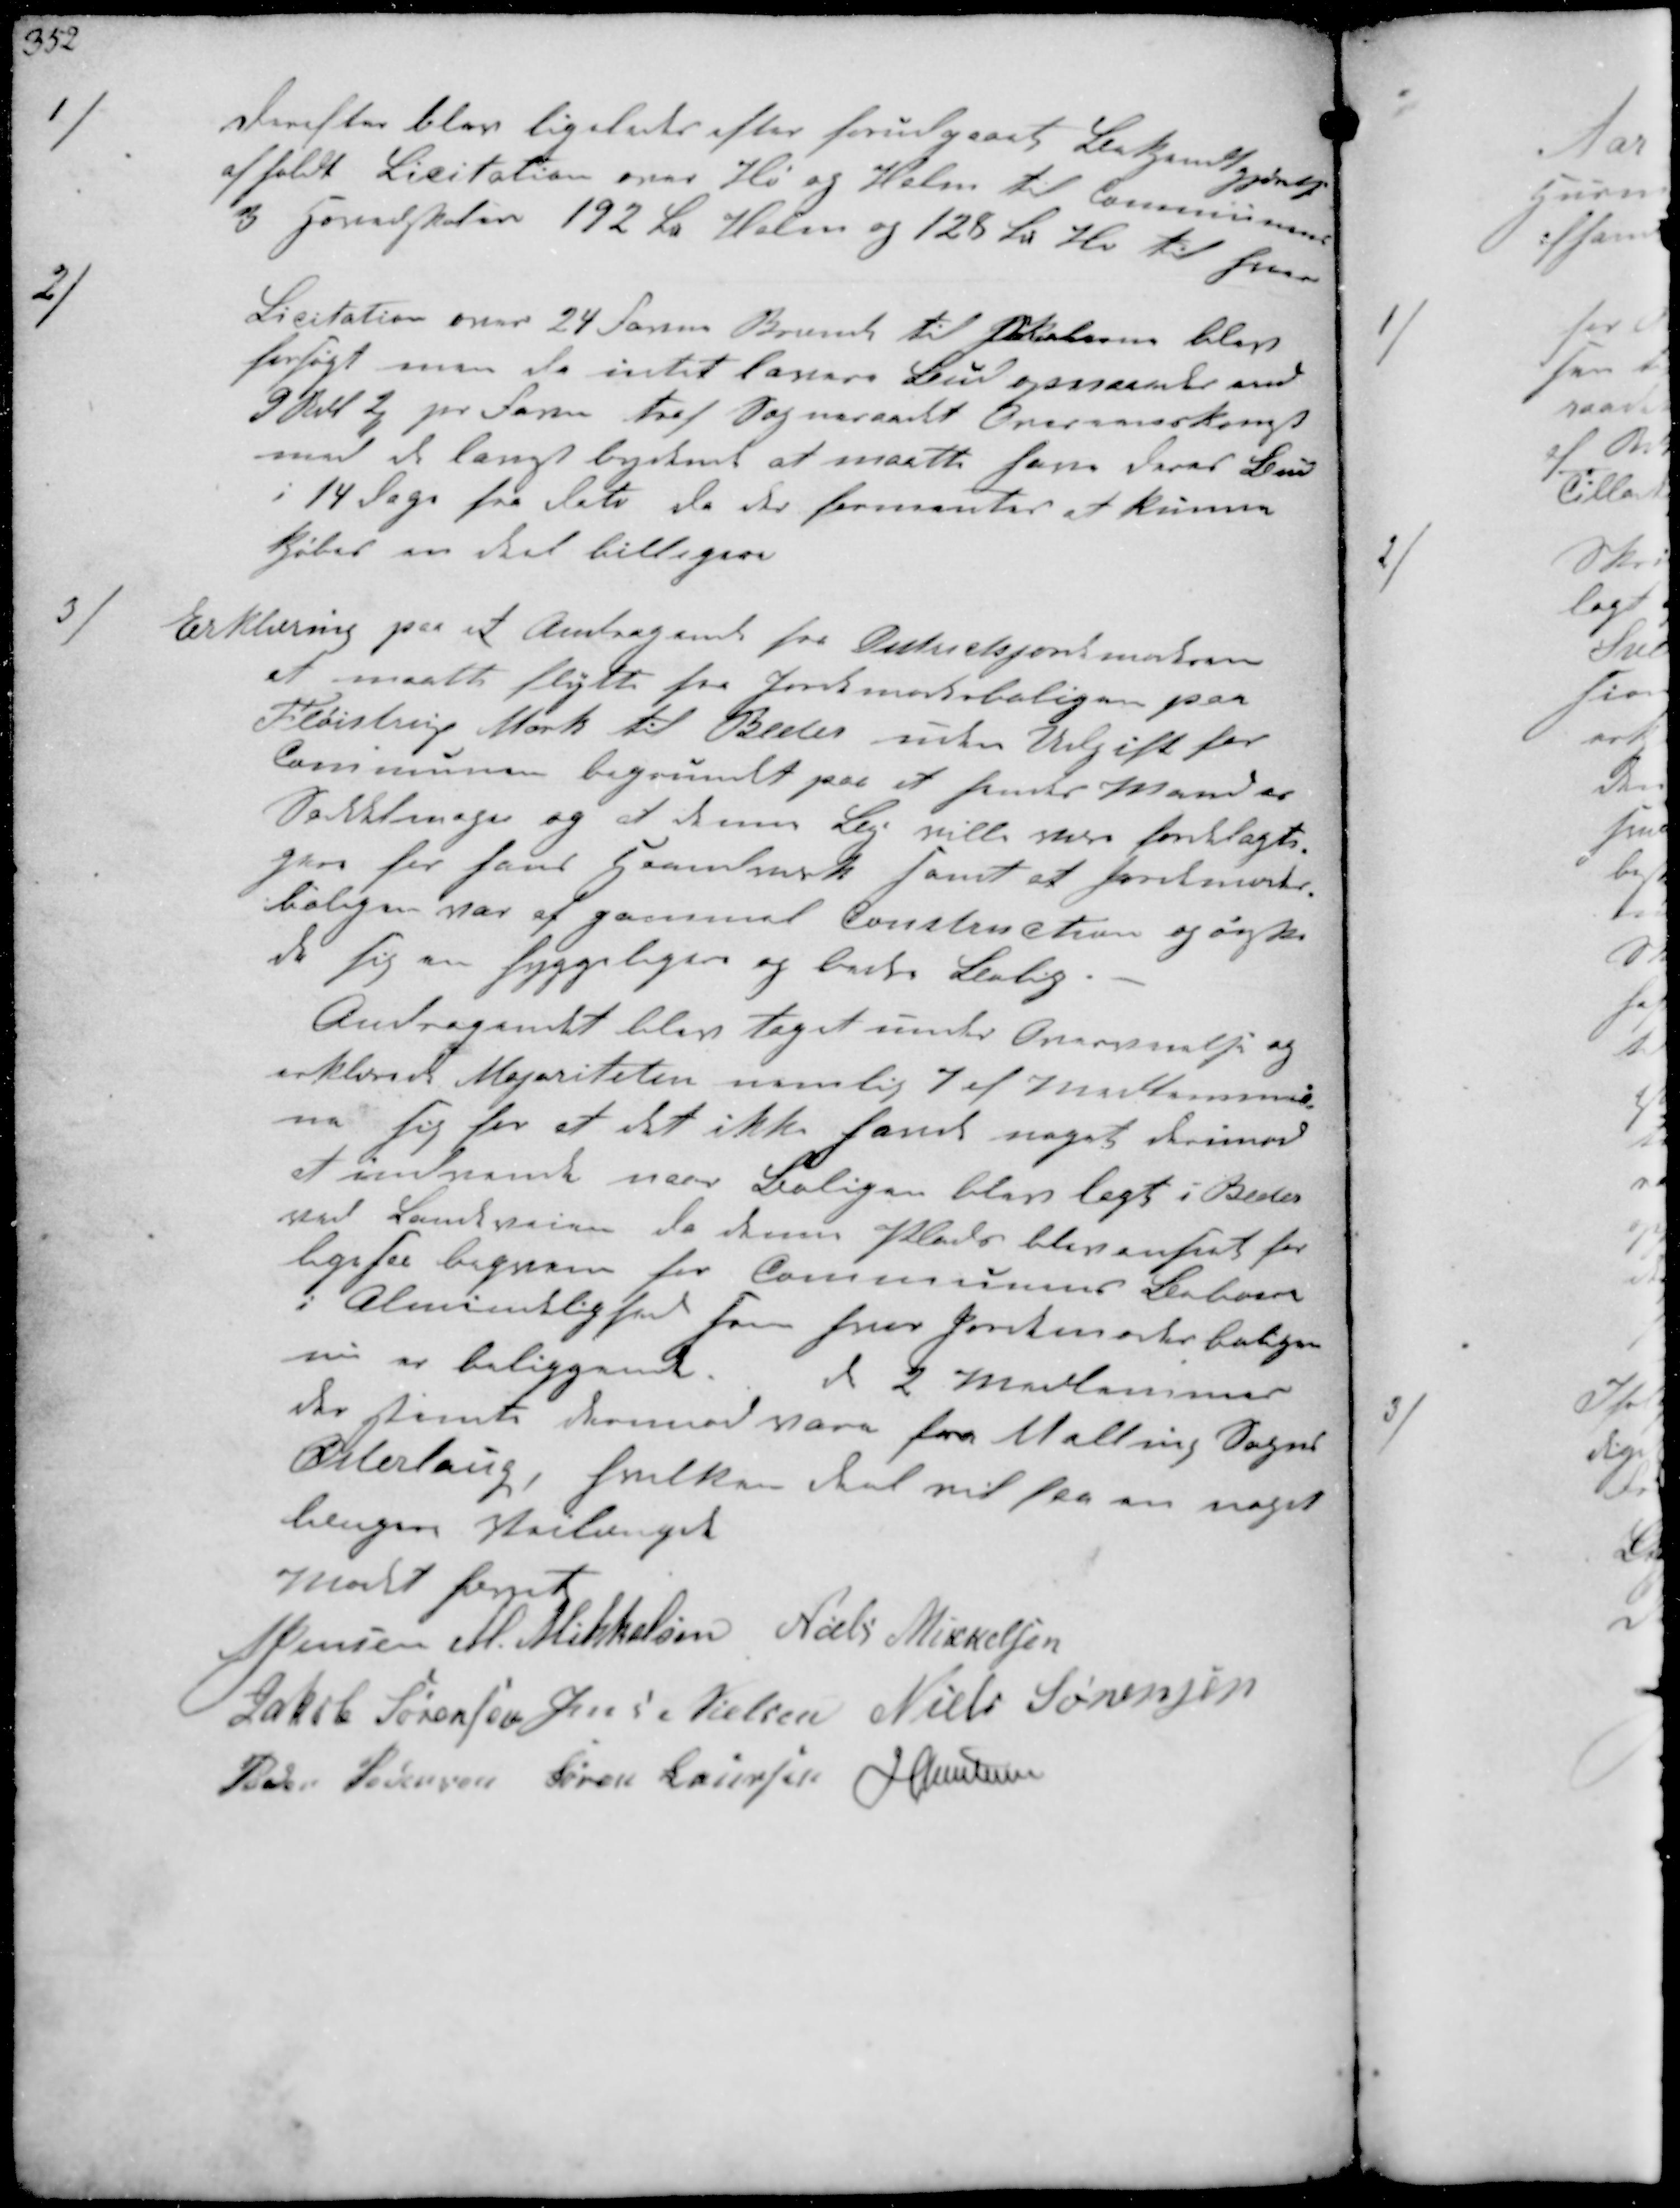
Transskription:
1/
Derefter blev ligeledes efter forudgaaet Bekjendtgjørelse
afholdt Licitation over Hø og Halm til Kommunens
3 Hovedskoler 192 ℔ Halm og 128 ℔ Hø til hver

2/
Licitation over 24 Favne Brænde til Skolerne blev
forsøgt, men da intet levere Bud passende med
3 Rd 2 pr Favne traf Sogneraadet Overeenskomst 
med de langt bydende at maatte have deres Bud
i 14 Dage fra Dato da der formentes at kunne
kjøbet en deel billigere

3/
Erklæring paa et Andragende fra Amtsjordemoderen
at maatte flytte fra Jordemoderboligen paa
Fløistrup Mark til Beder uden Udgift for
Kommunen begrundet paa at hendes Mand er
Saddelmager og at denne By ville være fordelagti-.
gere for hans Haandværk, samt at Jordemoder-
boligen var af samme Konstruction og ønske-
de sig en hyggeligere og bedre Bolig
Andragendet blev taget under Overveielse og
erklærede Majoriteten nemlig 7 af Medlemmer-
ne sig for at det ikke havde noget derimod
at indvende naar Boligen blev lagt i Beder
ved Landeveien da denne Plads blev anset for
ligesaa beqvem for Kommunens Beboere
i Almindelighed som hvor Jordemoderboligen
nu er beliggende de 2 Medlemmer
der stemte derimod vare fra Malling Sogns
Østerlaug hvilken Deel ved saa en noget
længere Veilængde
Mødet hævet
N Jensen M. Mikkelsen Niels Mikkelsen
Jakob Sørensen Jens Nielsen Niels Sørensen
Peder Pedersen Søren Laursen N Hansen